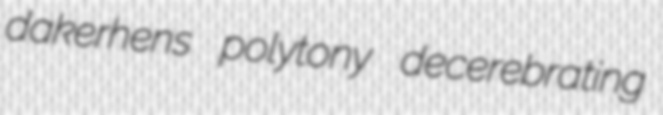
dakerhens polytony decerebrating